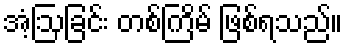
အံ့ဩခြင်း တစ်ကြိမ် ဖြစ်ရသည်။